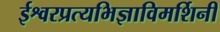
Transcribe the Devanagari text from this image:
ईश्वरप्रत्यभिज्ञाविमर्शिनी